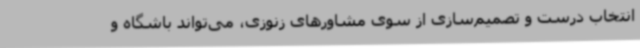
انتخاب درست و تصمیم‌سازی از سوی مشاورهای زنوزی، می‌تواند باشگاه و